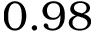
0 . 9 8